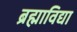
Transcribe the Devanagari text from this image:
ब्रह्माविद्या